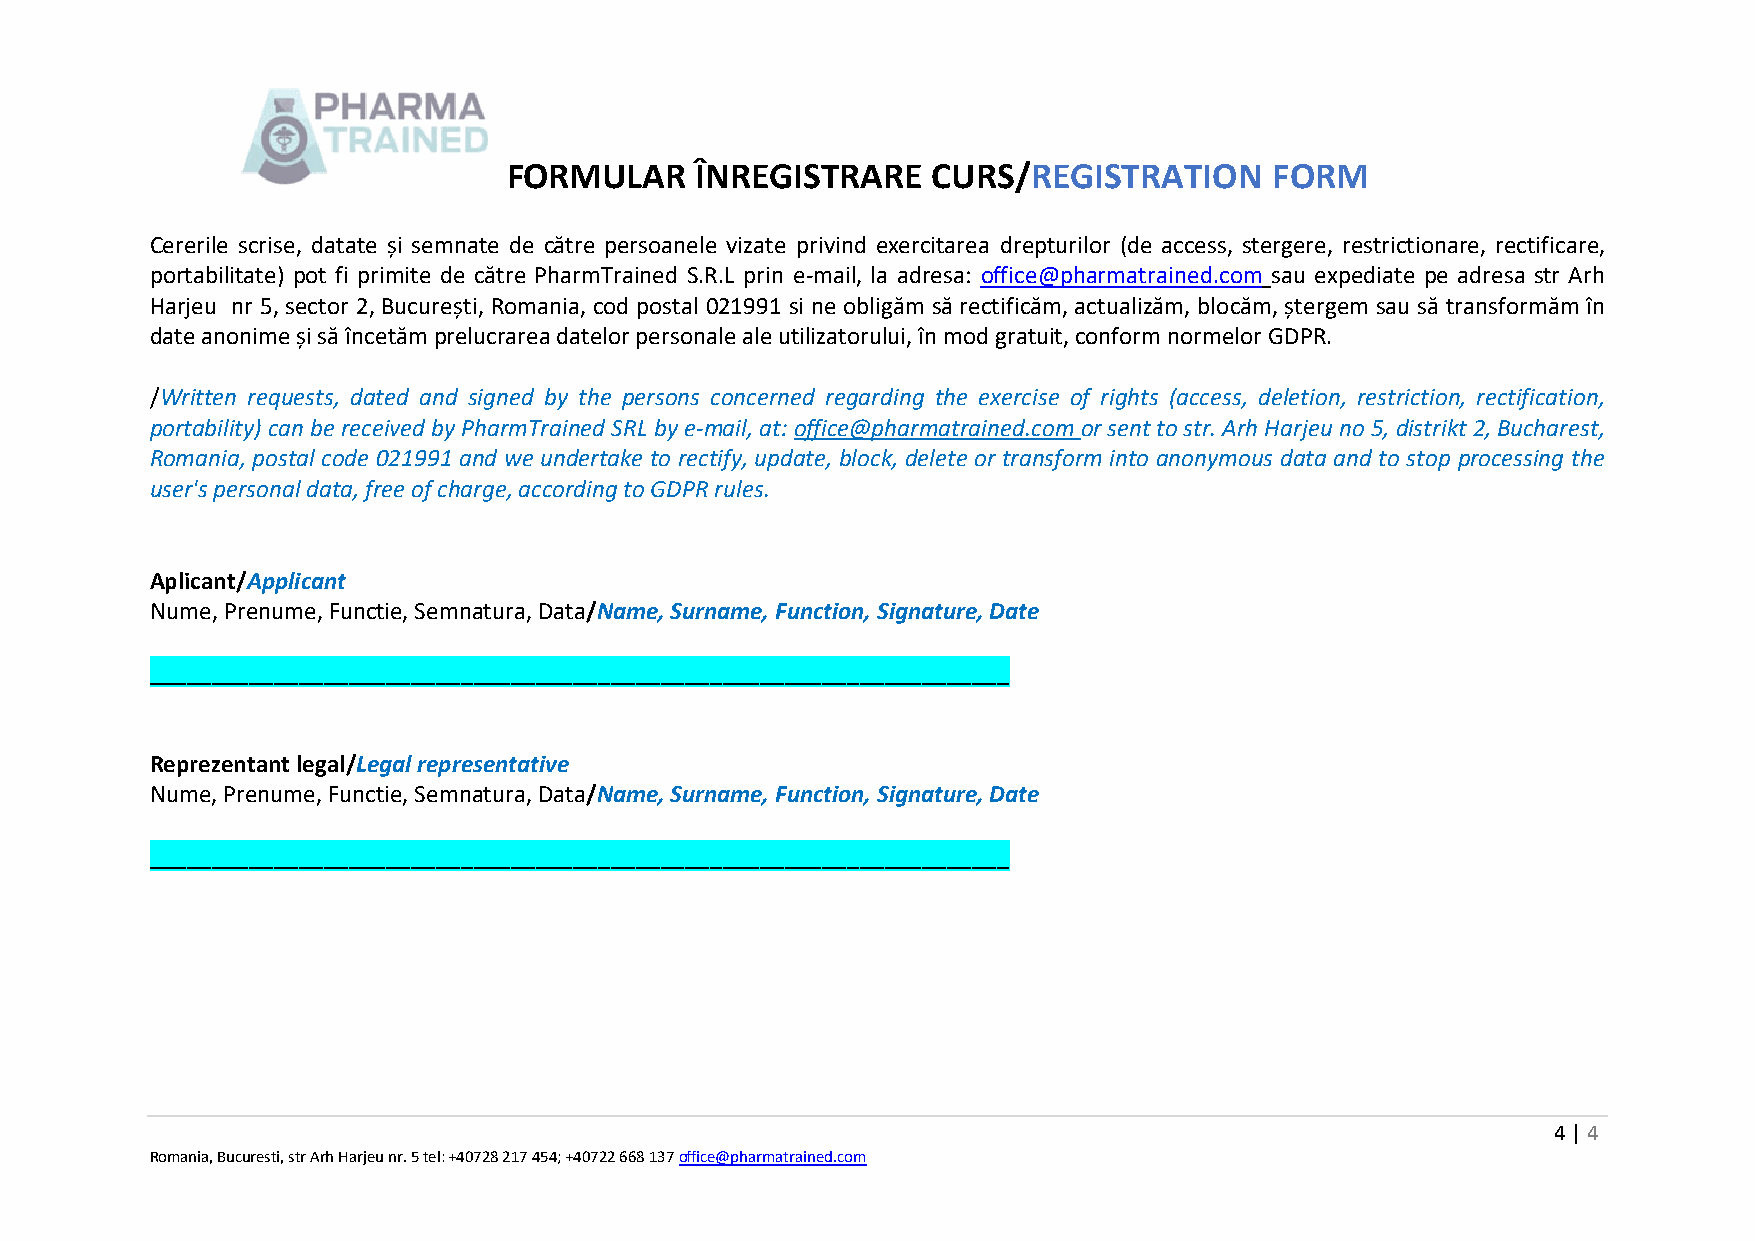
FORMULAR    ÎNREGISTRARE    CURS/REGISTRATION     FORM
 Cererile scrise, datate și semnate de către persoanele vizate privind exercitarea drepturilor (de access, stergere, restrictionare, rectificare,
 portabilitate) pot fi primite de către PharmTrained S.R.L prin e-mail, la adresa: office@pharmatrained.com sau expediate pe adresa str Arh
 Harjeu nr 5, sector 2, București, Romania, cod postal 021991 si ne obligăm să rectificăm, actualizăm, blocăm, ștergem sau să transformăm în
 date anonime și să încetăm prelucrarea datelor personale ale utilizatorului, în mod gratuit, conform normelor GDPR.
 /Written requests, dated and signed by the persons concerned regarding the exercise of rights (access, deletion, restriction, rectification,
 portability) can be received by PharmTrained SRL by e-mail, at: office@pharmatrained.com or sent to str. Arh Harjeu no 5, distrikt 2, Bucharest,
 Romania, postal code 021991 and we undertake to rectify, update, block, delete or transform into anonymous data and to stop processing the
 user's personal data, free of charge, according to GDPR rules.
 Aplicant/Applicant
 Nume, Prenume, Functie, Semnatura, Data/Name, Surname, Function, Signature, Date
 _____________________________________________________________________
 Reprezentant legal/Legal representative
 Nume, Prenume, Functie, Semnatura, Data/Name, Surname, Function, Signature, Date
 _____________________________________________________________________
 4 | 4
 Romania, Bucuresti, str Arh Harjeu nr. 5 tel: +40728 217 454; +40722 668 137 office@pharmatrained.com